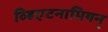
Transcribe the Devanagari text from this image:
व्हिएटनामियन्